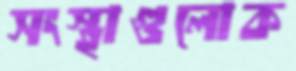
সংস্থাগুলোক